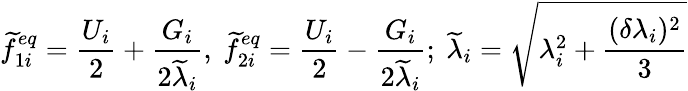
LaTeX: \widetilde{f}_{1i}^{eq}=\frac{U_{i}}{2}+\frac{G_{i}}{2\widetilde{\lambda}_{i}},\ \widetilde{f}_{2i}^{eq}=\frac{U_{i}}{2}-\frac{G_{i}}{2\widetilde{\lambda}_{i}};\ \widetilde{\lambda}_{i}=\sqrt{\lambda_{i}^{2}+\frac{(\delta\lambda_{i})^{2}}{3}}